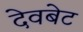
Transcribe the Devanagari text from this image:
देवबेट